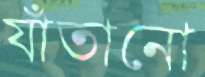
যাঁতানো